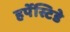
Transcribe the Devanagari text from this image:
हर्पेस्टिडे